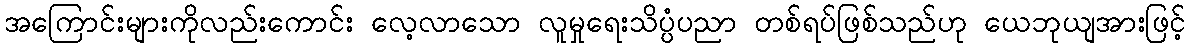
အကြောင်းများကိုလည်းကောင်း လေ့လာသော လူမှုရေးသိပ္ပံပညာ တစ်ရပ်ဖြစ်သည်ဟု ယေဘုယျအားဖြင့်